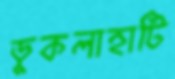
ডুকলাহাটি